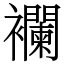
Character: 襴